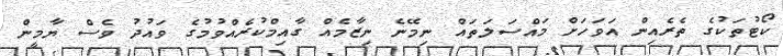
ކޯޓުތަކުގެ ތެރެއިން އަވަހަށް މައްސަލަތައް ނިމޭނެ ނިޒާމެއް ގާއިމްކުރެއްވުމުގެ ވައުދު ވެސް ޔާމީން